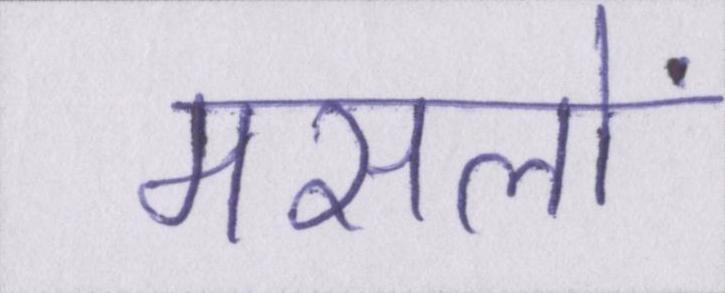
मसलों